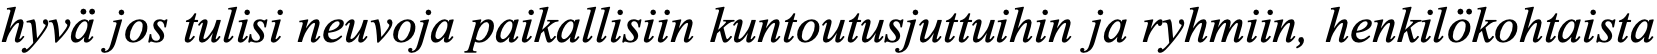
hyvä jos tulisi neuvoja paikallisiin kuntoutusjuttuihin ja ryhmiin, henkilökohtaista